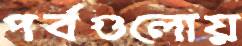
পর্বগুলোয়